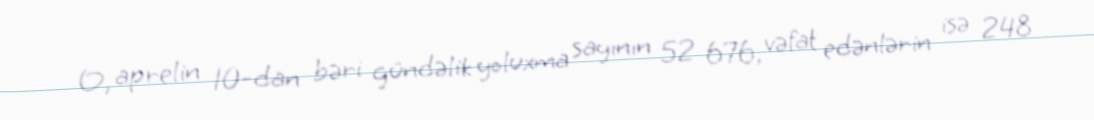
O, aprelin 10-dan bəri gündəlik yoluxma sayının 52 676, vəfat edənlərin isə 248